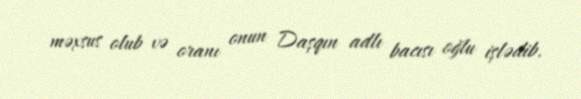
məxsus olub və oranı onun Daşqın adlı bacısı oğlu işlədib.